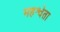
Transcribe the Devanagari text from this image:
महश्वेता